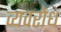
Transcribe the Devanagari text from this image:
व्यवरोध